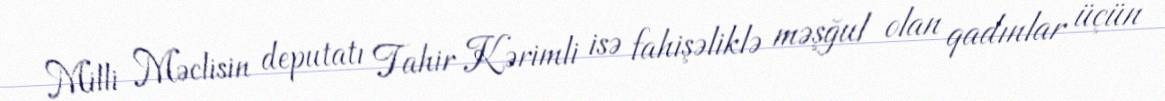
Milli Məclisin deputatı Tahir Kərimli isə fahişəliklə məşğul olan qadınlar üçün